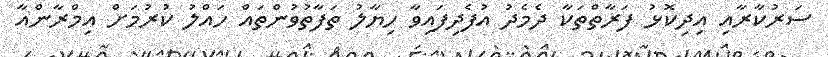
ސަރުކާރާއި އިދިކޮޅު ފަރާތްތަކާ ދެމެދު އުފެދިފައިވާ ހިޔާލު ތަފާތުވުންތައް ހައްލު ކުރުމަށް އިމްރާންއާ